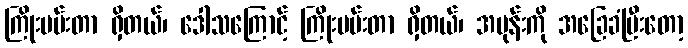
ကြိုးပမ်းတာ ရှိတယ်၊ ဒေါသကြောင့် ကြိုးပမ်းတာ ရှိတယ်၊ အမုန်းကို အခြေခံပြီးတော့